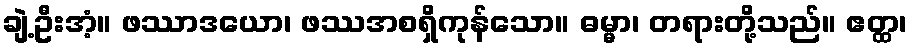
ချဲ့ဦးအံ့။ ဖဿာဒယော၊ ဖဿအစရှိကုန်သော။ ဓမ္မာ၊ တရားတို့သည်။ ဧတ္ထ၊